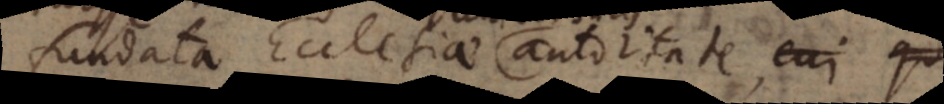
fundata Ecclesiae autoritate, quae in